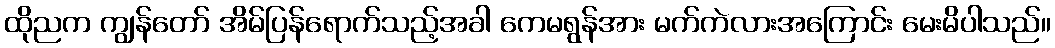
ထိုညက ကျွန်တော် အိမ်ပြန်ရောက်သည့်အခါ ကေမရွန်အား မက်ကဲလားအကြောင်း မေးမိပါသည်။